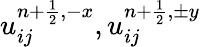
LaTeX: u_{ij}^{{n+\frac{1}{2}},-x},u_{ij}^{{n+\frac{1}{2}},\pm y}